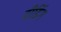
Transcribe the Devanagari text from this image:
वीडिंग